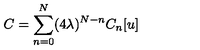
C = \sum _ { n = 0 } ^ { N } ( 4 \lambda ) ^ { N - n } C _ { n } [ u ]